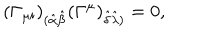
( \Gamma _ { \mu i } ) _ { ( \hat { \alpha } \hat { \beta } } ( \Gamma ^ { \mu } ) _ { \hat { \delta } \hat { \lambda } ) } = 0 ,